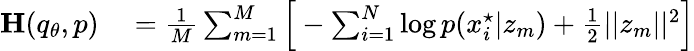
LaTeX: \begin{array}{rl}{\mathbf{H}(q_{\theta},p)}&{{}=\frac{1}{M}\sum_{m=1}^{M}\Big[-\sum_{i=1}^{N}\log p(x_{i}^{\star}|z_{m})+\frac{1}{2}||z_{m}||^{2}\Big]}\end{array}